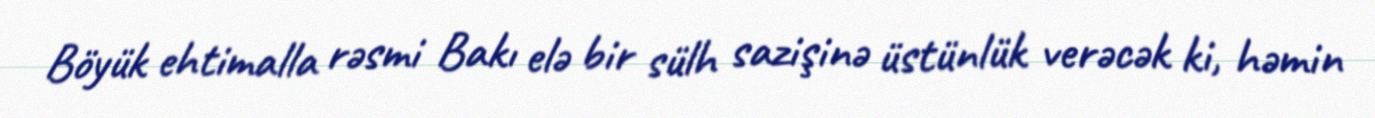
Böyük ehtimalla rəsmi Bakı elə bir sülh sazişinə üstünlük verəcək ki, həmin